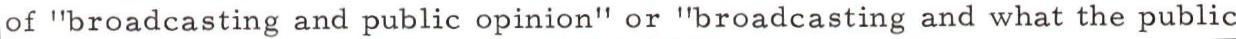
of "broadcasting and public opinion" or "broadcasting and what the public